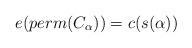
LaTeX: \begin{align*}e(perm(C_\alpha)) = c( s(\alpha))\end{align*}